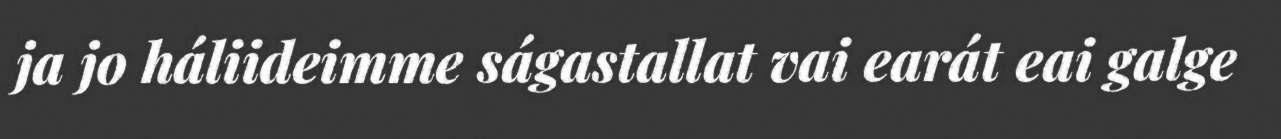
ja jo háliideimme ságastallat vai earát eai galge